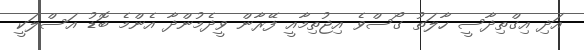
އަދި އިގްތިދާސީ ހާލަތު ގޯސްވެ އިޖުތިމާއީ ފޭރާން ވީދެމުންދާ އެންމެ ބޮޑު އަސްލަކީ